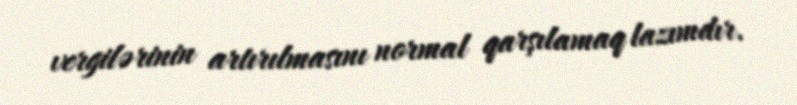
vergilərinin artırılmasını normal qarşılamaq lazımdır.